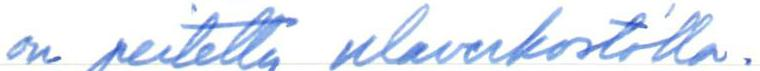
on peitetty ulaverkostolla.